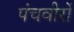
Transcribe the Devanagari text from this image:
पंचवीरों